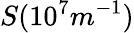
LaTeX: S(10^{7}m^{-1})